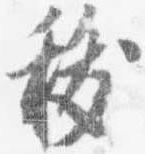
祓